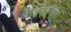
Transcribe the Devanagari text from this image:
लॅन्ग्डॉनसमवेत